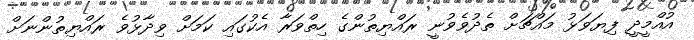
އުއްމީދީ ފިޔަވަޅު މައްޗަށް ތެދުވެވުނީ ރައްޔިތުންގެ ހިތްވަރާ އެކުގައި ކަމަށް ވިދާޅުވެ ރައްޔިތުންނަށް